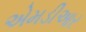
એમડીઆર